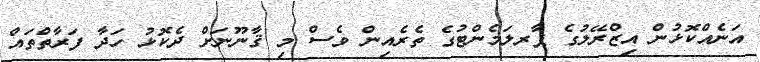
އަނެއްކޮޅުން އިޒްރޭލުގެ ޕާރލަމެންޓުގެ ތެރެއިން ވެސް މި ޤާނޫނަށް ދެކޮޅު ހަދާ ފަރާތްތައް